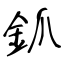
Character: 釽